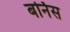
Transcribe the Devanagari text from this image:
बर्निस